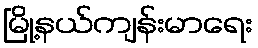
မြို့နယ်ကျန်းမာရေး